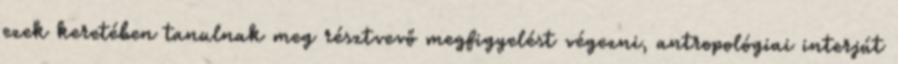
ezek keretében tanulnak meg résztvevő megfigyelést végezni, antropológiai interjút